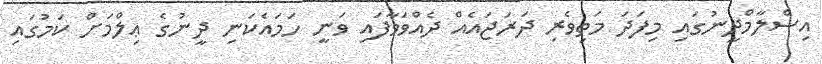
އިސްލާމްދީނުގައި މިފަދަ މަތިވެރި ދަރަޖައެއް ދެއްވަވާފައި ވަނީ ހަމައެކަނި ދީނުގެ ޢިލްމަށް ކަމުގައި